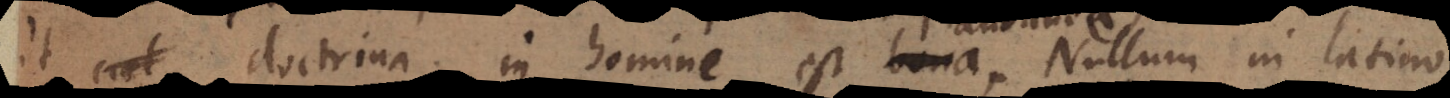
ut doctrina in homine est laudanda. Nullum in latino